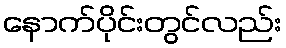
နောက်ပိုင်းတွင်လည်း